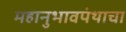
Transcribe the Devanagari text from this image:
महानुभावपंथाचा